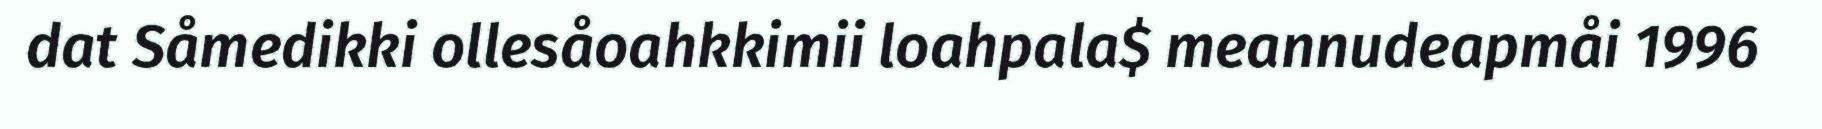
dat Såmedikki ollesåoahkkimii loahpala$ meannudeapmåi 1996